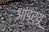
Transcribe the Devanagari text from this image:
आंड्र्यू